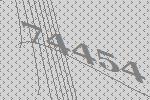
74454